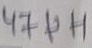
Text: 47µH